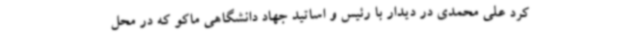
کرد علی محمدی در دیدار با رئیس و اساتید جهاد دانشگاهی ماکو که در محل